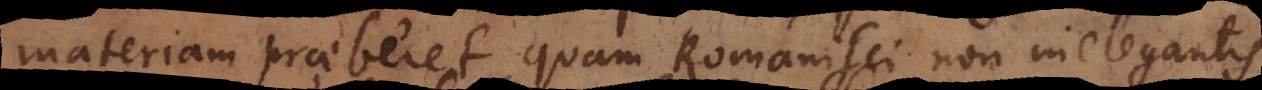
materiam praeberet, quam Romanisci non inelegantis